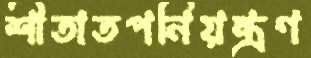
শীতাতপনিয়ন্ত্রণ